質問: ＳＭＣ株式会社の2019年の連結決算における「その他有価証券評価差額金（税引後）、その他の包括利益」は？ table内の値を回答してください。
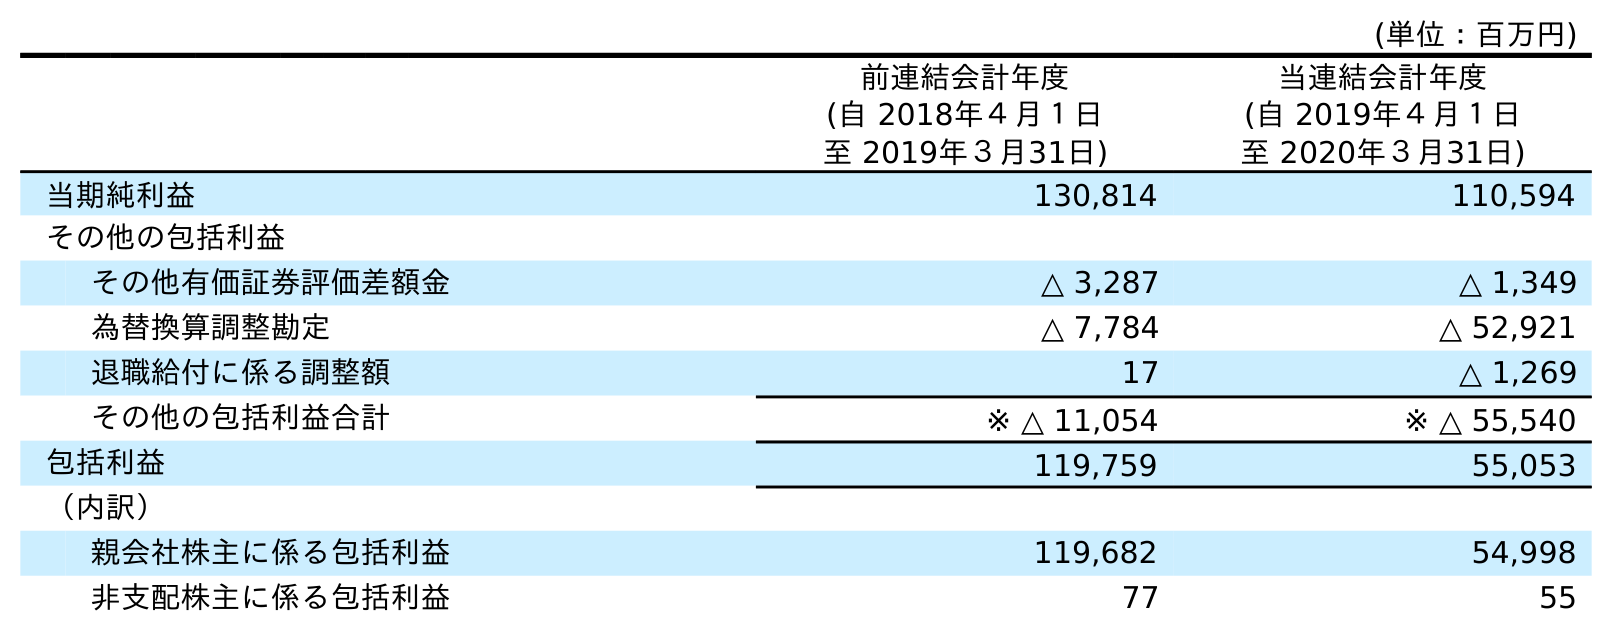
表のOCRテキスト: (単位：百万円) 前連結会計年度 (自 2018年４月１日 至 2019年３月31日) 当連結会計年度 (自 2019年４月１日 至 2020年３月31日) 当期純利益 130,814 110,594 その他の包括利益 その他有価証券評価差額金 △ 3,287 △ 1,349 為替換算調整勘定 △ 7,784 △ 52,921 退職給付に係る調整額 17 △ 1,269 その他の包括利益合計 ※ △ 11,054 ※ △ 55,540 包括利益 119,759 55,053 （内訳） 親会社株主に係る包括利益 119,682 54,998 非支配株主に係る包括利益 77 55
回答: △3,287